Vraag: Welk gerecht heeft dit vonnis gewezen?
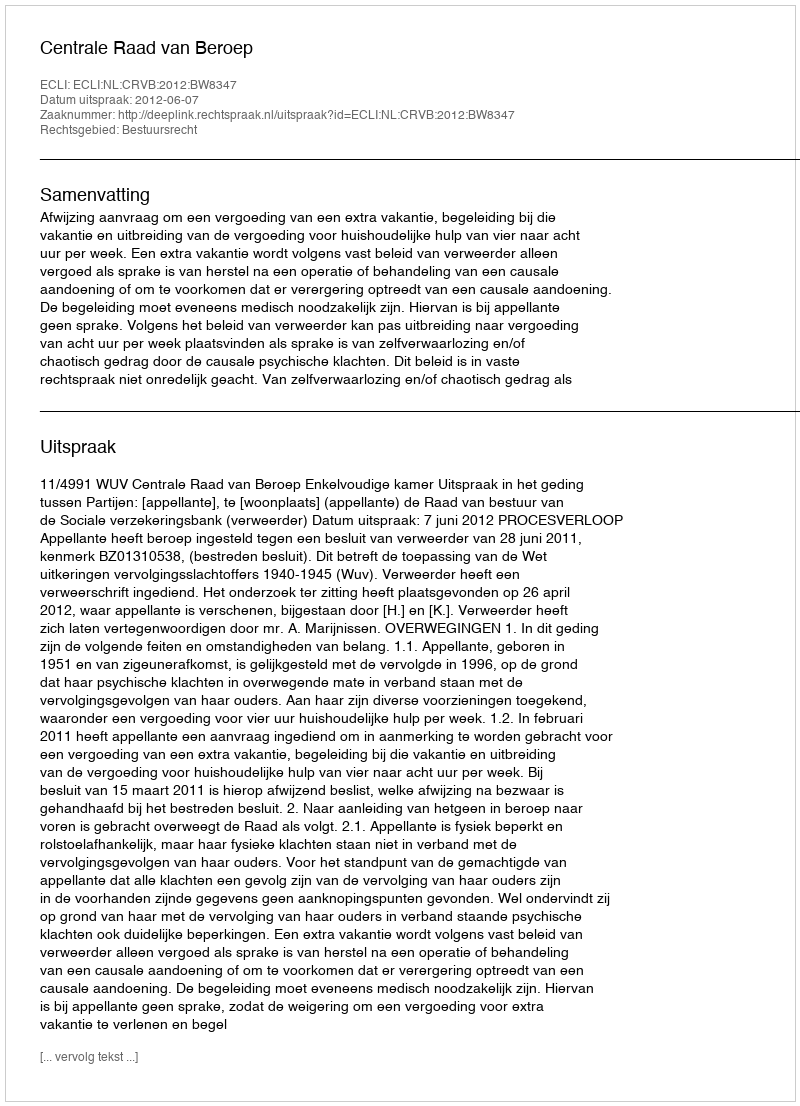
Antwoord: Centrale Raad van Beroep